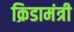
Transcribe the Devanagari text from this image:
क्रिडामंत्री